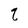
Character: q